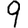
Digit: 9